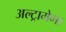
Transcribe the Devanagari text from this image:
अल्ट्रामेगा